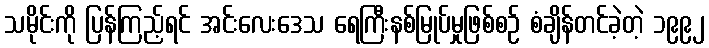
သမိုင်းကို ပြန်ကြည့်ရင် အင်းလေးဒေသ ရေကြီးနစ်မြုပ်မှုဖြစ်စဉ် စံချိန်တင်ခဲ့တဲ့ ၁၉၉၂